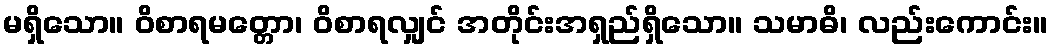
မရှိသော။ ဝိစာရမတ္တော၊ ဝိစာရလျှင် အတိုင်းအရှည်ရှိသော။ သမာဓိ၊ လည်းကောင်း။